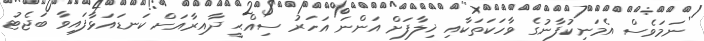
ނަމަވެސް އެމަނިކުފާނުގެ ވާހަކަތަކާއި ޚިލާފަށް އަންނަ އަހަރު ސިއްޙީ ދާއިރާއަށް ކަނޑައަޅާފައިވާ ބަޖެޓު